Indian journal of veterinary science and animal husbandry - Volumes 15-17, 1948-1951
Year: 1948
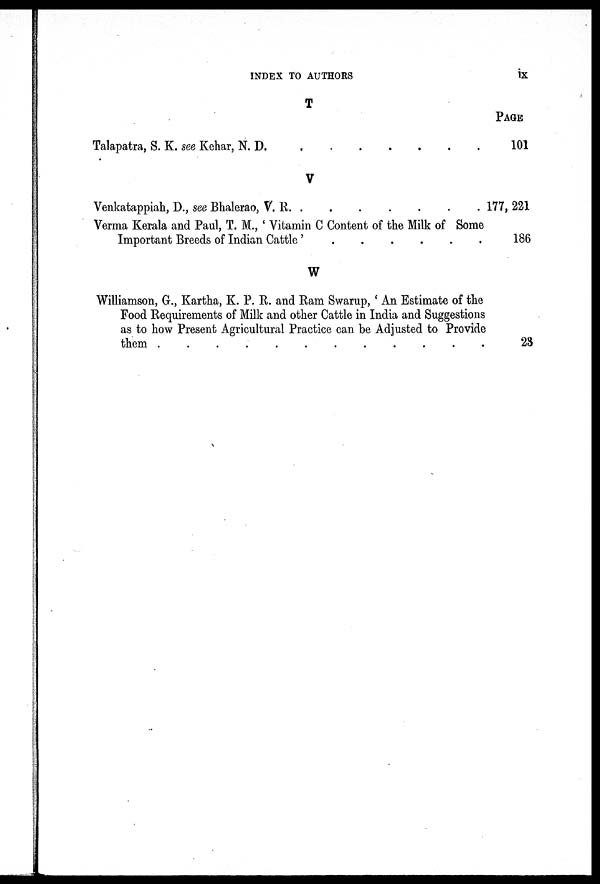
INDEX TO AUTHORS
ix
T
Talapatra, S. K. see Kehar, N. D. . . . . . . .
PAGE
101
V
Venkatappiah, D., see Bhalerao, V.
R.
.
.
.
.
.
.
.
Verma Kerala and Paul, T. M., ' Vitamin C Content of the Milk of Some
Important Breeds of Indian Cattle '
.
.
.
.
.
.
177, 221
186
W
Williamson, G., Kartha, K. P. R. and Ram Swarup, ' An Estimate of the
Food Requirements of Milk and other Cattle in India and Suggestions
as to how Present Agricultural Practice can be Adjusted to Provide
them . . . . . . . . . . . .
23